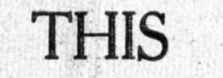
THIS